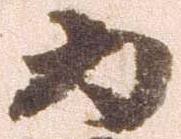
為